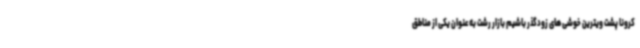
کرونا پشت ویترین خوشی های زودگذر باشیم بازار رشت به عنوان یکی از مناطق